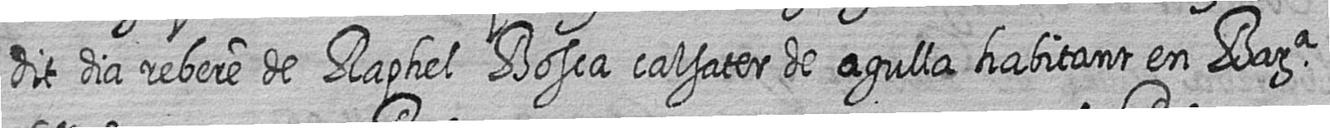
dit dia rebere de Raphel Bosca calsater de agulla habitant en Bara